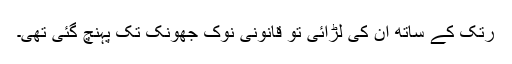
رتک کے ساتھ ان کی لڑائی تو قانونی نوک جھونک تک پہنچ گئی تھی۔